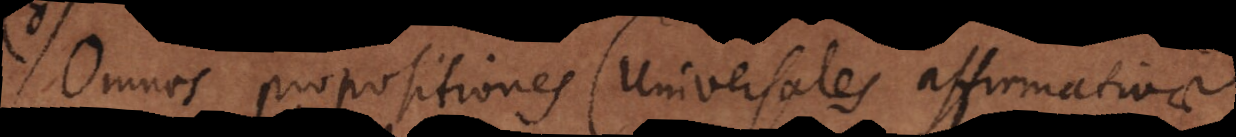
Omnes propositiones (universales affirmativae